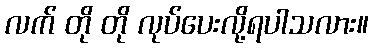
လက် တို တို လုပ်ပေးလို့ရပါသလား။